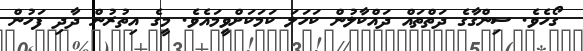
ގޯހެވެ. ސިންގާގެ ދަތްތައް ދައްކާލުން ކަހަލަ ކަމަކަށްވީމައެވެ. މީގެ އިތުރުން ދާދި ފަހުން